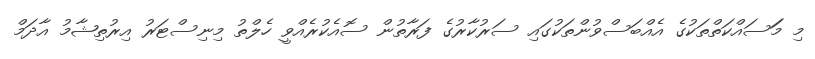
މި މަަސައްކަތްތަކުގެ އެއްބަސްވުންތަކުގައި ސަރުކާރުގެ ފަރާތުން ސޮއެކުރެއްވީ ހެލްތު މިނިސްޓަރު އިރުތިޝާމު އާދަމް